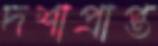
দশাপ্রাপ্ত